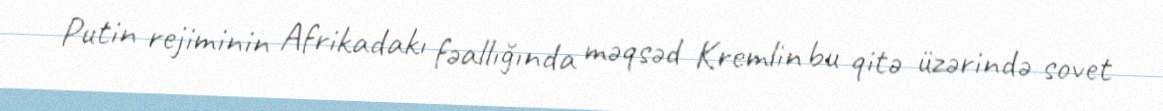
Putin rejiminin Afrikadakı fəallığında məqsəd Kremlin bu qitə üzərində sovet